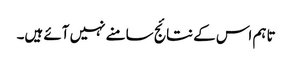
تاہم اس کے نتائج سامنے نہیں آئے ہیں۔